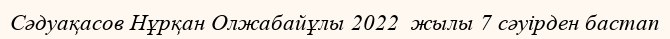
Сәдуақасов Нұрқан Олжабайұлы 2022  жылы 7 сәуірден бастап